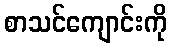
စာသင်ကျောင်းကို